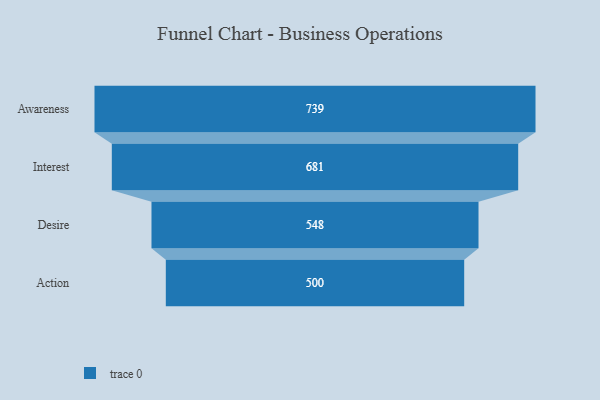
{"axis": {"x": "Stage", "y": "Value"}, "legend": [""], "data": [{"x": "Awareness", "y": 739.0, "type": ""}, {"x": "Interest", "y": 681.0, "type": ""}, {"x": "Desire", "y": 548.0, "type": ""}, {"x": "Action", "y": 500, "type": ""}]}